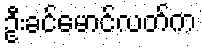
ဦးခင်မောင်လတ်က